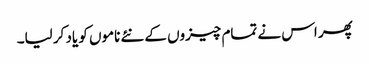
پھر اس نے تمام چیزوں کے نئے ناموں کو یاد کر لیا۔